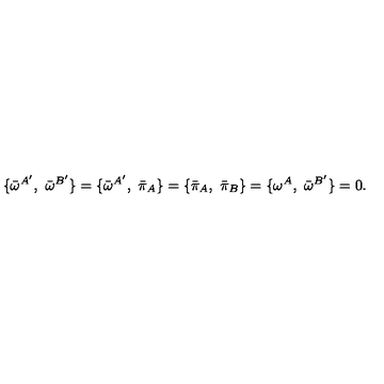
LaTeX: \{ { \bar { \omega } } ^ { A ^ { \prime } } , \ { \bar { \omega } } ^ { B ^ { \prime } } \} = \{ { \bar { \omega } } ^ { A ^ { \prime } } , \ { \bar { \pi } _ { A } } \} = \{ { \bar { \pi } _ { A } } , \ { \bar { \pi } _ { B } } \} = \{ { \omega } ^ { A } , \ { \bar { \omega } } ^ { B ^ { \prime } } \} = 0 .